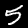
Digit: 5